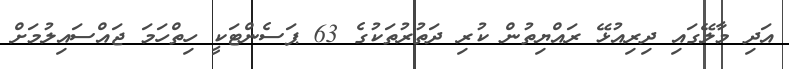
އަދި މާލޭގައި ދިރިއުޅޭ ރައްޔިތުން ކުރި ދަތުރުތަކުގެ 63 ޕަސެންޓަކީ ހިތްހަމަ ޖައްސައިލުމަށް